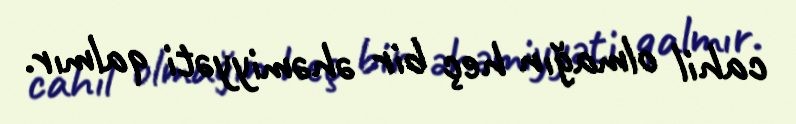
cahil olmağın heç bir əhəmiyyəti qalmır.